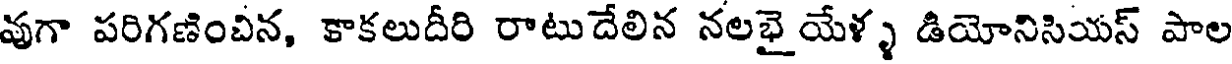
వుగా పరిగణించిన, కాకలుదీరి రాటుదేలిన నలభై యేళ్ళ డియోనిసియస్ పాల